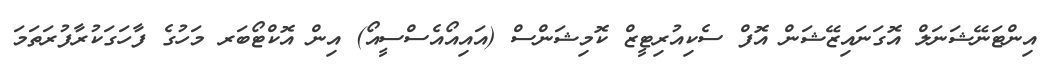
އިންޓަނޭޝަނަލް އޮގަނައިޒޭޝަން އޮފް ސެކިއުރިޓީޒް ކޮމިޝަންސް (އައިއޯއެސްސީއޯ) އިން އޮކްޓޯބަރ މަހުގެ ފާހަގަކުރާފުރަތަމަ